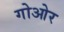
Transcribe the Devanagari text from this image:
गोओर